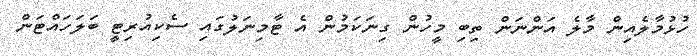
ހުޅުމާލެއިން މާލެ އަންނަން ތިބި މީހުން ގިނަކަމުން އެ ޓާމިނަލުގައި ސެކިއުރިޓީ ބަލަހައްޓަން